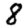
Digit: 8